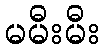
မမီးမီး